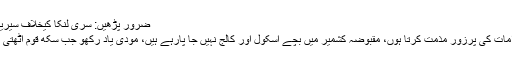
ضرور پڑھیں: سری لنکا کیخلاف سیریز، قومی ٹیم کا اعلان آج کیا جائیگا
پرتاب سنگھ نے کہا کہ بھارتی اقدامات کی پرزور مذمت کرتا ہوں، مقبوضہ کشمیر میں بچے اسکول اور کالج نہیں جا پارہے ہیں، مودی یاد رکھو جب سکھ قوم اٹھتی ہے تو بڑے بڑے بھاگ جاتے ہیں۔